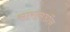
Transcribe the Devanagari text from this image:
सारानडॉन